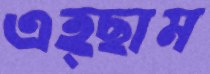
এহ্ছাম